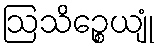
ဩသိဉ္စေယျုံ